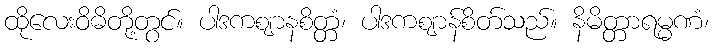
ထိုလေးဝိဓိတို့တွင်။ ပါဒကဈာနစိတ္တံ၊ ပါဒကဈာန်စိတ်သည်။ နိမိတ္တာရမ္မဏံ၊